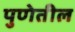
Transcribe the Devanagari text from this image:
पुणेतील